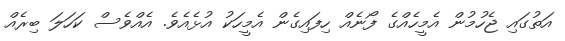
އަތުގައި ޖެހުމުން އެމީހެއްގެ ފޯނެއް ހިފައިގެން އެމީހަކު އުޅެއެވެ. އެއްވެސް ކަހަލަ ބިރެއް